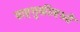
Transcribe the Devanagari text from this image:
वाहतुकीमध्ये